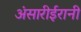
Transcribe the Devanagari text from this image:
अंसारीईरानी